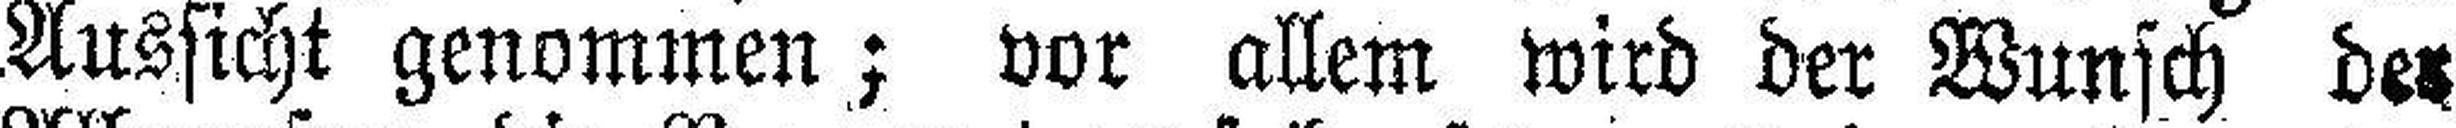
Aussicht genommen; vor allem wird der Wunsch der